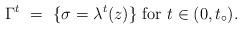
LaTeX: \begin{align*} \Gamma^t \ = \ \{\sigma = \lambda^t(z)\} \mbox{ for } t\in(0,t_\circ). \end{align*}